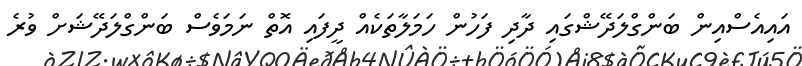
އައިއެސްއިން ބަންގްލަދޭޝްގައި ދާދި ފަހުން ހަމަލާތަކެއް ދީފައި އޮތް ނަމަވެސް ބަންގްލަދޭޝަށް ވުރެ